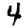
Digit: 4